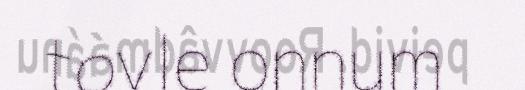
tovle onnum